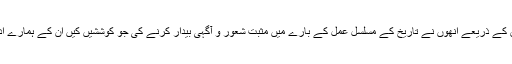
اپنی تحریروں ، تدریس،تنقید اور تحقیق کے ذریعے انھوں نے تاریخ کے مسلسل عمل کے بارے میں مثبت شعور و آگہی بیدار کرنے کی جو کوششیں کیں ان کے ہمارے ادب پر دور رس اثرات مرتب ہوں گے۔